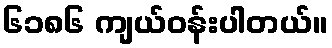
၆၁၈၆ ကျယ်ဝန်းပါတယ်။